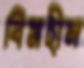
বিমহীন